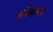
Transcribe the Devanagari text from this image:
अब्बिगेर